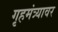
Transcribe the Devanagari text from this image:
गृहमंत्र्यावर